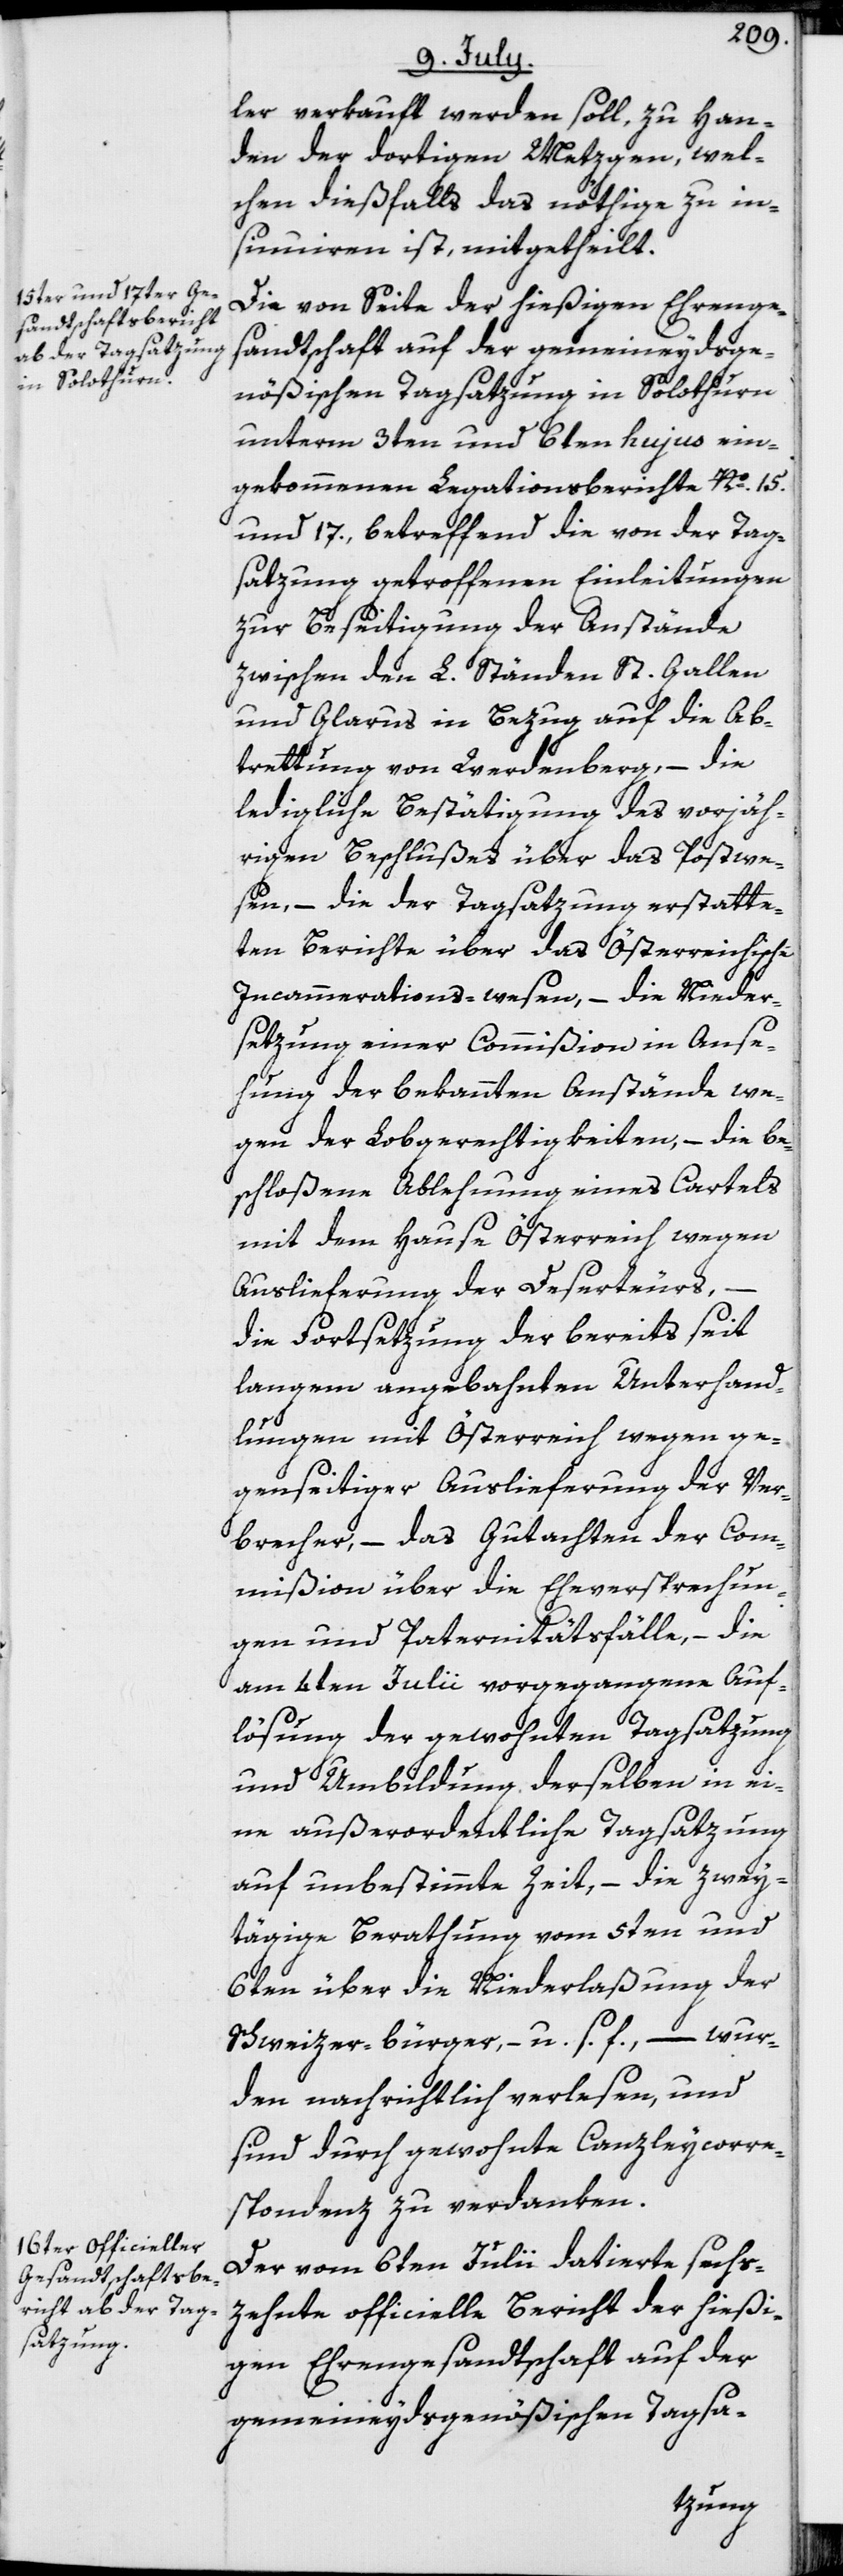
ler verkauft werden soll, zu Han¬
den der dortigen Metzgen, wel¬
chen dießfalls das nöthige zu in¬
sinuiren ist, mitgetheilt.
Die von Seite der hießigen Ehrenge¬
sandtschaft auf der gemeineydsge¬
nößischen Tagsatzung in Solothurn
unterm 3ten und 6ten hujus ein¬
gekommenen Legationsberichte No. 15.
und 17., betreffend die von der Tag¬
satzung getroffenen Einleitungen
zur Beseitigung der Anstände
zwischen den L. Ständen St. Gallen
und Glarus in Bezug auf die Ab¬
trettung von Werdenberg, – die
ledigliche Bestätigung des vorjäh¬
rigen Beschlußes über das Postwe¬
sen, – die der Tagsatzung erstatte¬
ten Berichte über das Österreichische
Incammerations-wesen, – die Nieder¬
setzung einer Commißion in Anse¬
hung der bekannten Anstände we¬
gen der Lobgerechtigkeiten, – die be¬
schloßene Ablehnung eines Cartels
mit dem Hause Österreich wegen
Auslieferung der Deserteurs,
die Fortsetzung der bereits seit
langem angebahnten Unterhand¬
lungen mit Österreich wegen ge¬
genseitiger Auslieferung der Ver¬
brecher, – das Gutachten der Com¬
mißion über die Eheversprechun¬
gen und Paternitätsfälle, – die
am 4ten Julii vorgegangene Auf¬
lösung der gewohnten Tagsatzung
und Umbildung derselben in ei¬
ne außerordentliche Tagsatzung
auf unbestimmte Zeit, – die zwey¬
tägige Berathung vom 5ten und
6ten über die Niederlaßung der
Schweizer-bürger, – u. s. f., – wur¬
den nachrichtlich verlesen, und
sind durch gewohnte Canzleycorre¬
spondenz zu verdanken.
Der vom 6ten Julii datierte sechs¬
zehnte officielle Bericht der hießi¬
gen Ehrengesandtschaft auf der
gemeineydsgenößischen Tagsa-